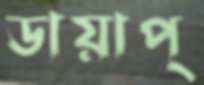
ডায়াপ্